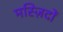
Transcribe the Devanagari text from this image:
मस्ज़िदों